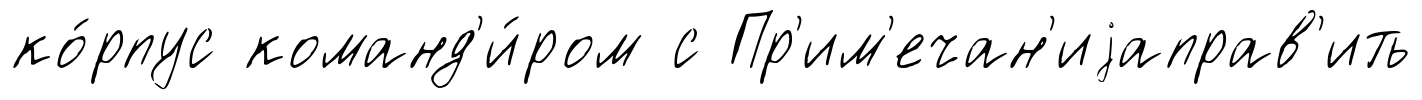
ко́рпус команд'и́ром с Пр'им'ечан'иjаправ'ить